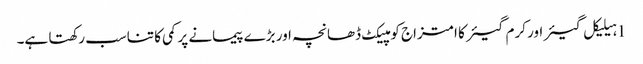
1 ہیلیکل گیئر اور کرم گیئر کا امتزاج کومپیکٹ ڈھانچہ اور بڑے پیمانے پر کمی کا تناسب رکھتا ہے۔